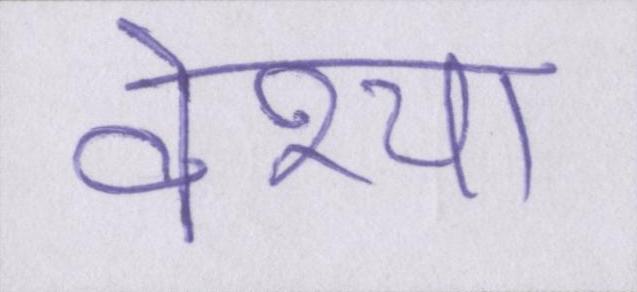
वेश्या